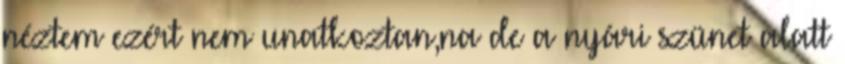
néztem ezért nem unatkoztan,na de a nyári szünet alatt